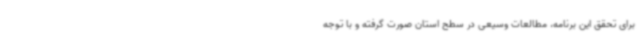
برای تحقق این برنامه، مطالعات وسیعی در سطح استان صورت گرفته و با توجه